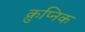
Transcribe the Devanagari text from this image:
क्रुप्निक